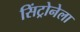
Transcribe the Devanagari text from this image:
सिंट्रोनेला